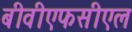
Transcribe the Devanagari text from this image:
बीवीएफसीएल